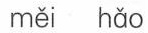
měi hǎo